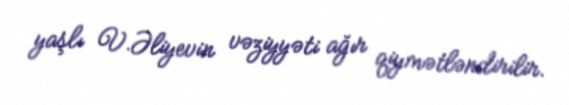
yaşlı V.Əliyevin vəziyyəti ağır qiymətləndirilir.